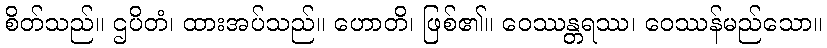
စိတ်သည်။ ဌပိတံ၊ ထားအပ်သည်။ ဟောတိ၊ ဖြစ်၏။ ဝေဿန္တရဿ၊ ဝေဿန်မည်သော။